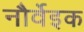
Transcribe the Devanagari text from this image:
नौर्वेइक